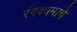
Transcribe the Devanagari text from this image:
रंगकामाचे